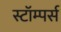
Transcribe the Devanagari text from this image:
स्टॉम्पर्स